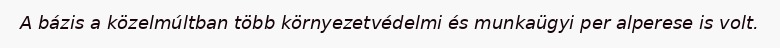
A bázis a közelmúltban több környezetvédelmi és munkaügyi per alperese is volt.